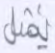
بمثل